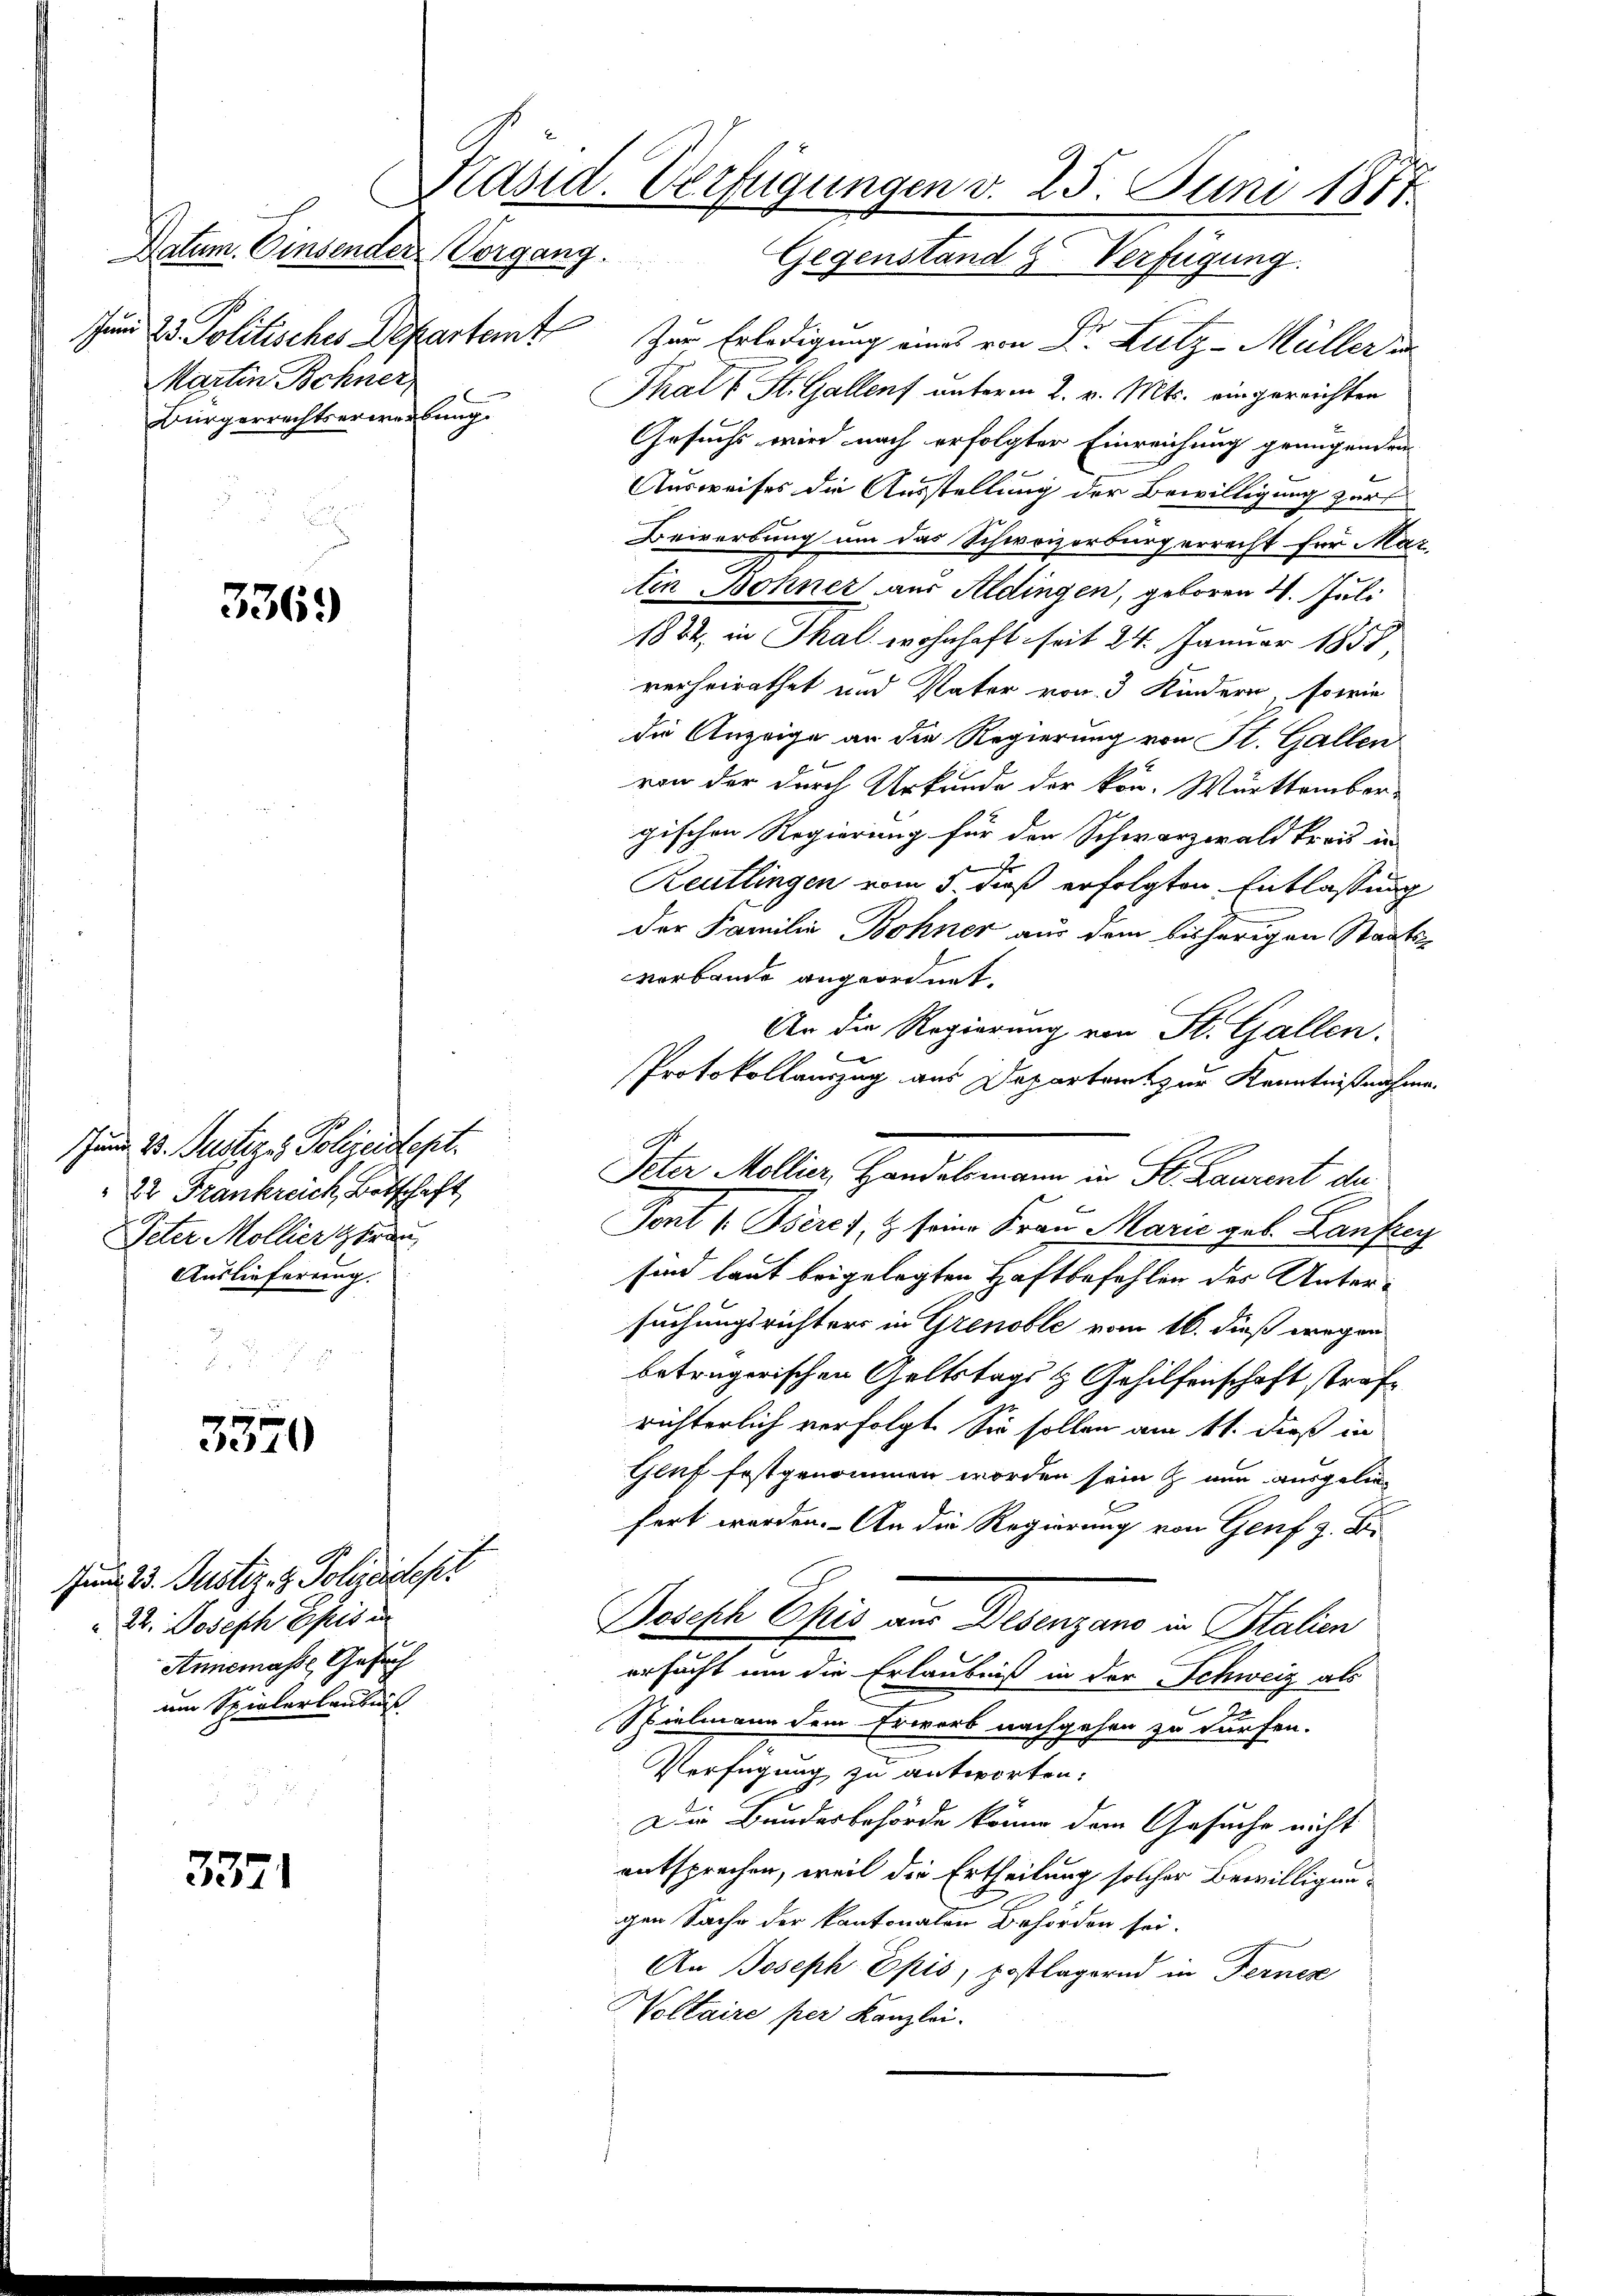
Martin Bohner,
Bürgerrechtserwerbung.

3369

shund 2. Justiz & Polizeidept.
22 Frankreich, Botschaft
Peter Mollier trau
Auslieferung.

3570

Jund 23. Justiz- & Polizeidepr
22. Joseph Chris in
Annemasse, Gesuch
um Spielerlaubniß

3371

Präsid. Verfügungen v. 25. Juni 1874
.
Datum. Einsender Vorgang. Gegenstand & Verfügung.

Jund 2 Politisches Departamt Zur Erledigung eines von Dr. Lutz-Müller un
Thals St. Gallenf unterm 2. v. Mts. eingereichten
Gesuchs wird nach erfolgter Einreichung genügenden
Ausweises die Ausstellung der Bewilligung zur
Bewerbung um das Schweizerburg errecht für Mar-
tin Bohner aus Aldingen, geboren 4. Juli
1882 in Thal wohnhaft seit 24. Januar 1855
verheirathet und Vater von 3 Kindern, sowie
die Anzeige an die Regierung von St. Gallen
von der durch Urkunde der kon- Württember-
gischen Regierung für den Schwarzwald trois in
Reutlingen vom 5. dieß erfolgten Entlassung
der Familie Bohner aus dem bisherigen Staatsvorbande angeordnet.
An die Regierung von St. Gallen,
Protokollauszug aus Departamt zur Kenntnißnahme.
A
Peter Mollier, Handelsmann in St. Laurent de
Sont 1. Oseres, & seine Frau Marie geb. Laufreg
sind laut beigelegten Haftbefehlen des Untersuchungsrichters in Grenoble vom 16. dieß wegen
beträgerischen Geltstags- & Gehilfenschaft strafrichterlich verfolgt. Sie sollen am 11. dieß in
Gluf festgenommen worden sein & nun ausgelin-
fert worden. An die Regierung von Genf z. B.
Parische Chis an Deberzens in Salin
e
ersucht um die Erlaubniß in der Schweiz als
e
Spielmann dem Erwarb nachgehen zu dürfen.
Verfügung zu antworten.
Die Bundesbehörde könne dem Gesuche nicht
entsprechen, weil die Ertheilung solcher Bewilligungen Sache der kantonalen Behörden sei.
An Joseph Epis, postlagernd in Ferner
Voltaire per Kanzlei.